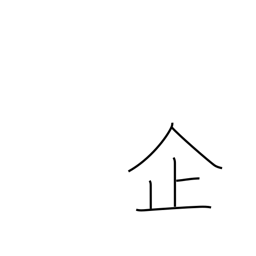
Meaning: plan